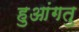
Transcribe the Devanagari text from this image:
हुआंगतु